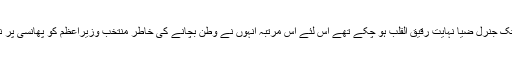
لیکن اب تک جنرل ضیا نہایت رقیق القلب ہو چکے تھے اس لئے اس مرتبہ انہوں نے وطن بچانے کی خاطر منتخب وزیراعظم کو پھانسی پر نہیں ٹانگا۔